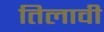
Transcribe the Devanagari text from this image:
तिलावी